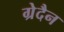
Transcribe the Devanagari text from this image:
ग्रेदैन